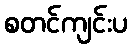
စတင်ကျင်းပ